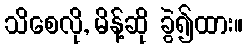
သိစေလို, မိန့်ဆို ခွဲ၍ထား။